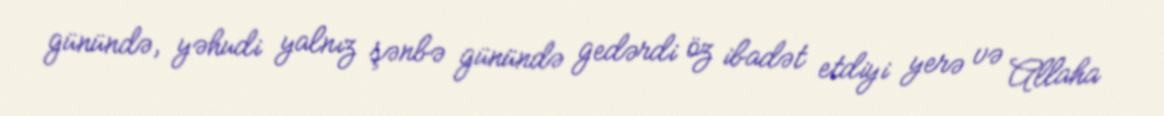
günündə, yəhudi yalnız şənbə günündə gedərdi öz ibadət etdiyi yerə və Allaha